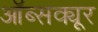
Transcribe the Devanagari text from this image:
ऑब्सक्यूर